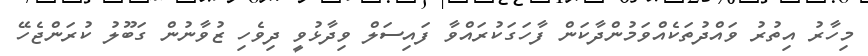
މިހާރު އިތުރު ވައްދުތަކެއްވަމުންދާކަން ފާހަގަކުރައްވާ ފައިސަލް ވިދާޅުވީ ދިވެހި ޒުވާނުން ގަބޫލު ކުރަންޖެހޭ